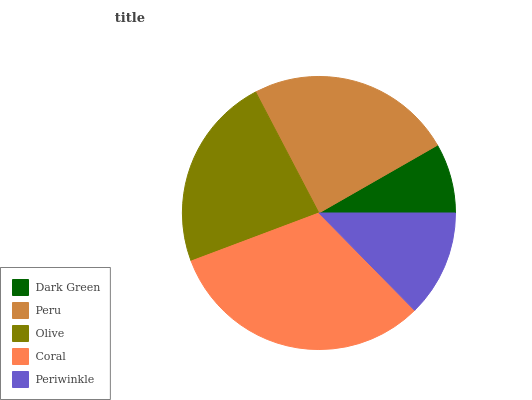
| Dark Green | Peru | Olive | Coral | Periwinkle |
 | --- | --- | --- | --- | --- |
 | 8.27% | 24.3% | 23.1% | 31.7% | 12.6% |